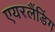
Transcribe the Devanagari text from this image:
एयरलैंडिंग